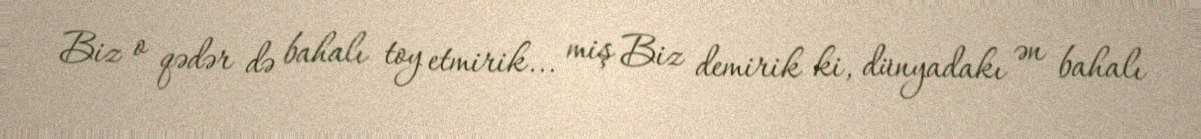
Biz o qədər də bahalı toy etmirik... miş Biz demirik ki, dünyadakı ən bahalı